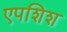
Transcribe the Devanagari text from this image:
एपशिश